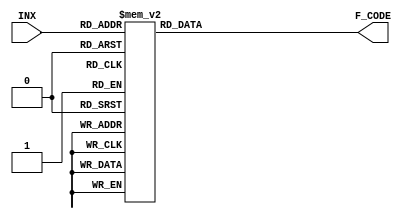
module INX2CODE (INX,F_CODE);
	input [3:0] INX;
	output [10:0] F_CODE;
	reg [10:0] F_CODE;
	always @ (INX)
	case(INX)
	0  : F_CODE<=11'H7FF;
	1  : F_CODE<=11'H305;
	2  : F_CODE<=11'H390;
	3  : F_CODE<=11'H40C;
	4  : F_CODE<=11'H45C;
	5  : F_CODE<=11'H4AD;
	6  : F_CODE<=11'H50A;
	7  : F_CODE<=11'H55C;
	8  : F_CODE<=11'H58C;
	9  : F_CODE<=11'H5C8;
	10 : F_CODE<=11'H606;
	11 : F_CODE<=11'H630;
	12 : F_CODE<=11'H656;
	13 : F_CODE<=11'H684;
	14 : F_CODE<=11'H69A;
	15 : F_CODE<=11'H6C0; 
	default : F_CODE<=11'H6C0;
	endcase
endmodule